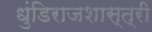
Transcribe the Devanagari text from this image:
धुंडिराजशास्त्री